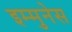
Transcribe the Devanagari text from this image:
इम्मुनेस